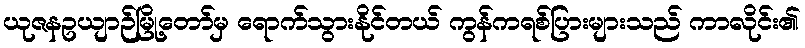
ယုဇနဥယျာဉ်မြို့တော်မှ ရောက်သွားနိုင်တယ် ကွန်ကရစ်ပြားများသည် ကာလိုင်း၏